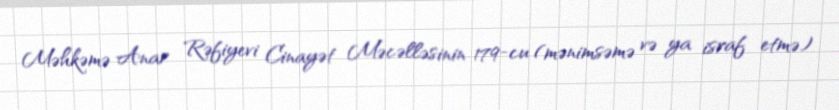
Məhkəmə Anar Rəfiyevi Cinayət Məcəlləsinin 179-cu (mənimsəmə və ya israf etmə)